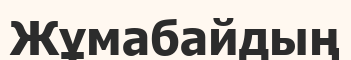
Жұмабайдың